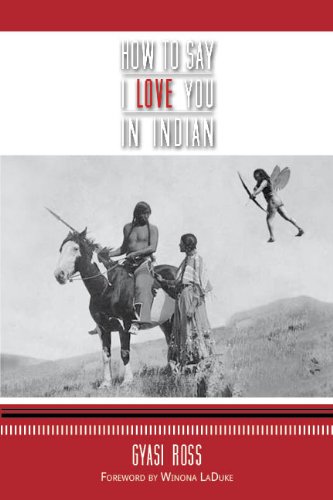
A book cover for How to Say I Love You in Indian; Gyasi Ross; Literature & Fiction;